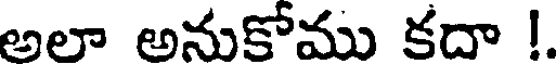
అలా అనుకోము కదా !.